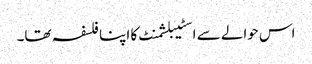
اس حوالے سے اسٹیبلشمنٹ کا اپنا فلسفہ تھا۔